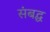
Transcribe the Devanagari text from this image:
संबद्घ